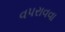
વપરાવવા